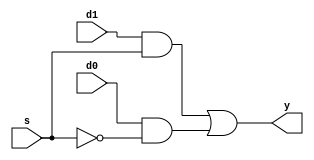
`timescale 1ns / 1ps
//////////////////////////////////////////////////////////////////////////////////
// Company: 
// Engineer: 
// 
// Design Name: 
// Module Name: mux
// Project Name: 
// Target Devices: 
// Tool Versions: 
// Description: 
// 
// Dependencies: 
// 
// Revision:
// Revision 0.01 - File Created
// Additional Comments:
// 
//////////////////////////////////////////////////////////////////////////////////


module mux(output y, input d0,d1,s);
    wire t1,t2,sbar;                 //y=~sd0+sd1
    
    and (t1,d1,s),(t2,d0,sbar);
    not (sbar,s);
    or(y,t1,t2); 
    
endmodule